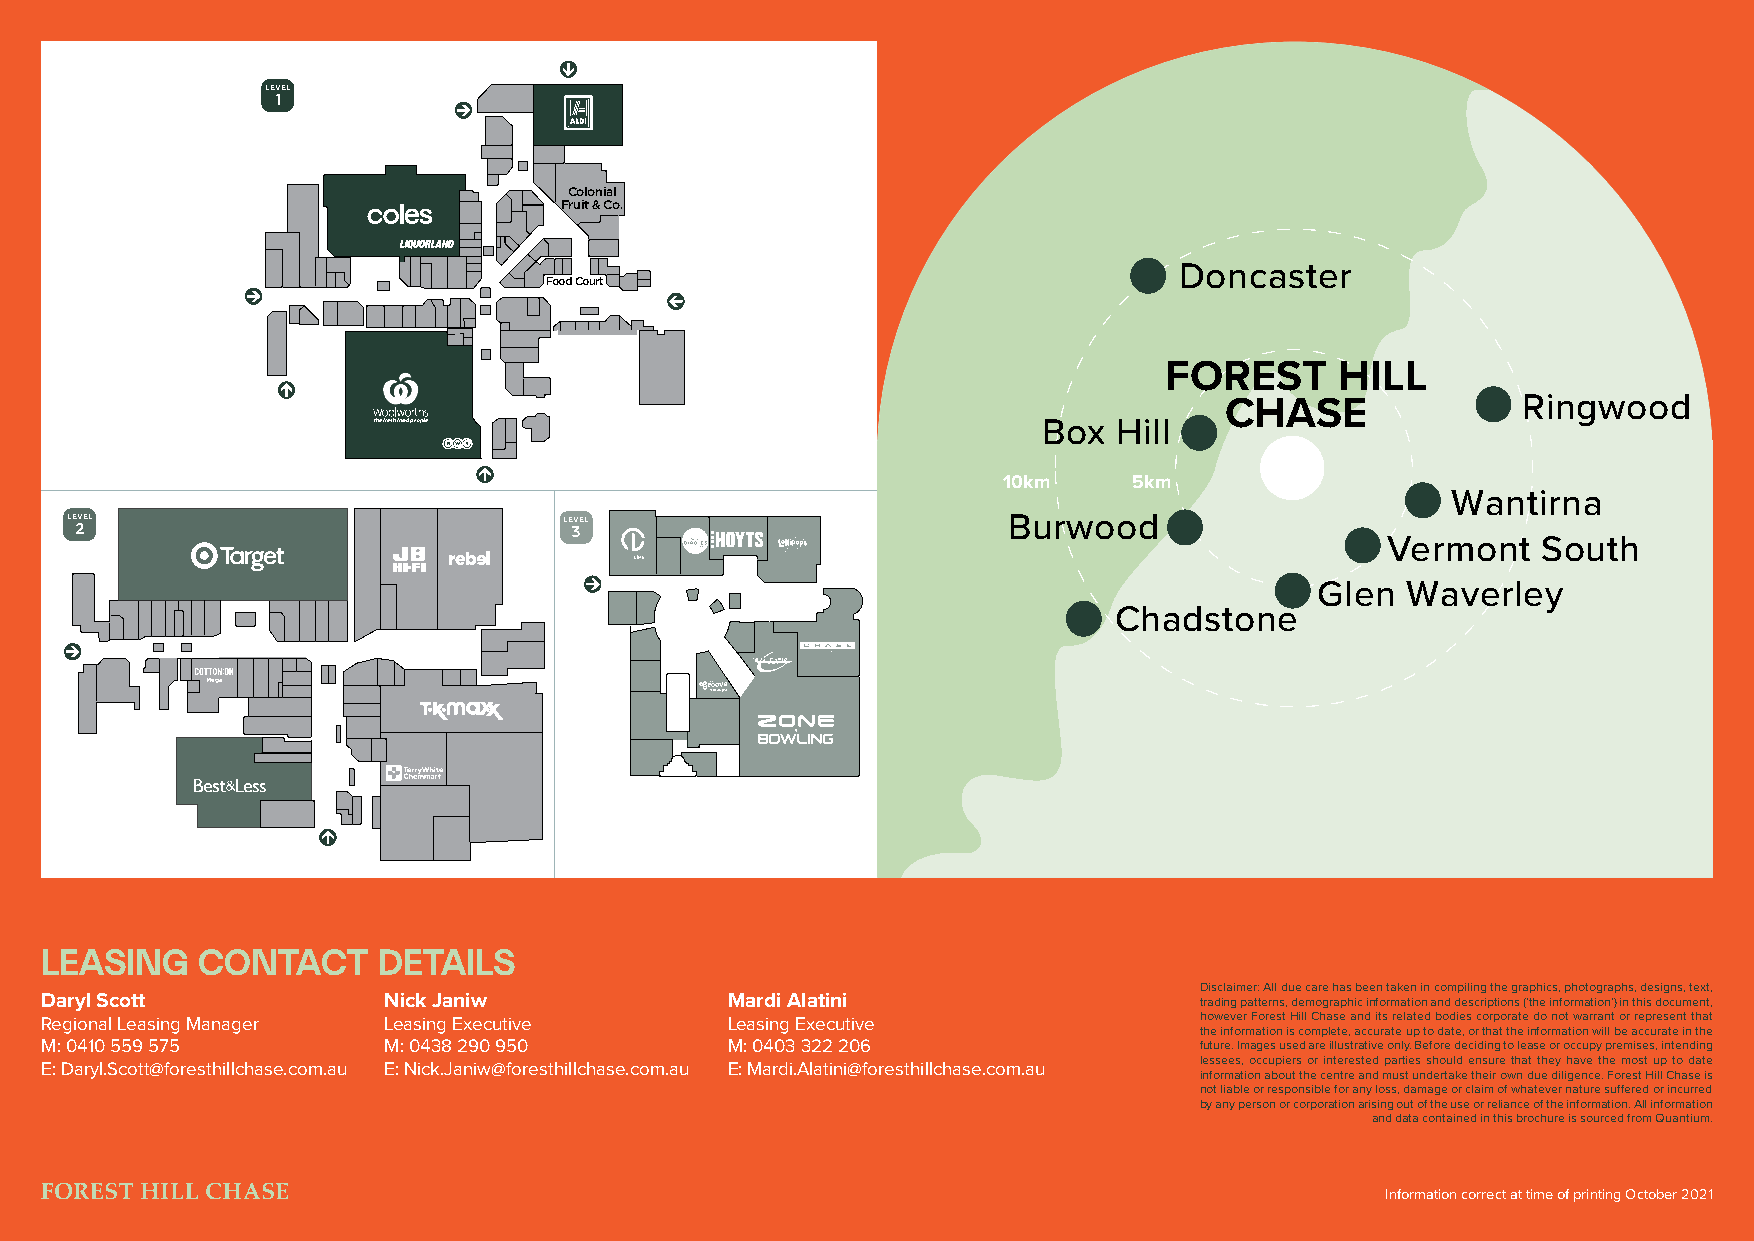
LEVEL
 1
 Colonial
 Fruit & Co.
 Doncaster
 Food Court
 FOREST      HILL
 CHASE               Ringwood
 Box  Hill
 10km     5km
 Wantirna
 LEVEL                            LEVEL                         Burwood
 2                                3
 Vermont   South
 Lollipop’s
 Glen  Waverley
 Chadstone
 Mega
 LEASING   CONTACT     DETAILS
 Disclaimer: All due care has been taken in compiling the graphics, photographs, designs, text,
 Daryl Scott           Nick Janiw             Mardi Alatini                  trading patterns, demographic information and descriptions (‘the information’) in this document,
 Regional Leasing Manager Leasing Executive   Leasing Executive              however Forest Hill Chase and its related bodies corporate do not warrant or represent that
 the information is complete, accurate up to date, or that the information will be accurate in the
 M: 0410 559 575       M: 0438 290 950        M: 0403 322 206                future. Images used are illustrative only. Before deciding to lease or occupy premises, intending
 lessees, occupiers or interested parties should ensure that they have the most up to date
 E: Daryl.Scott@foresthillchase.com.au E: Nick.Janiw@foresthillchase.com.au E: Mardi.Alatini@foresthillchase.com.au
 information about the centre and must undertake their own due diligence. Forest Hill Chase is
 not liable or responsible for any loss, damage or claim of whatever nature suffered or incurred
 by any person or corporation arising out of the use or reliance of the information. All information
 and data contained in this brochure is sourced from Quantium.
 Information correct at time of printing October 2021